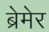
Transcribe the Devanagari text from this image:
ब्रेमेर